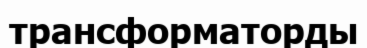
трансформаторды